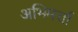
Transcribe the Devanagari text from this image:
अभिमर्त्ता